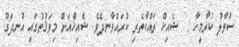
ސުވާލު ކުރާމީހާ :  ޝެއިޚް ރައްކާތެރި ކުރައްވާނދޭވެ. ޝެއިޚްއަށް މިވަޤުތުގައި އުނދަގޫ